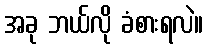
အခု ဘယ်လို ခံစားရလဲ။